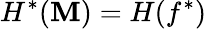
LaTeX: H^{*}(\mathbf{M})=H(f^{*})